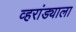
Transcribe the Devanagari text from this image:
व्हरांड्याला